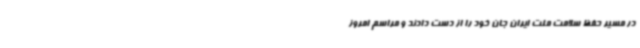
در مسیر حفظ سلامت ملت ایران جان خود را از دست دادند و مراسم امروز